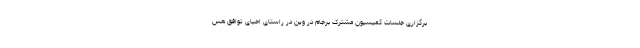
برگزاری جلسات کمیسیون مشترک برجام در وین در راستای احیای توافق هس